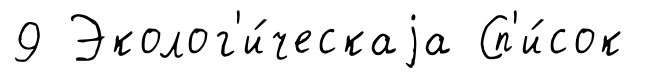
9 Эколог'и́ческаjа Сп'и́сок